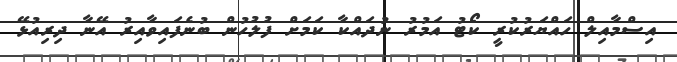
އިސްމާއިލް ހައްޔަރުކުރީ ކޯޓު އަމުރު ނުދައްކާ ކަމަށް ފުލުހުން ބުނެފައިވާއިރު އޭނާ ދިރިއުޅޭ